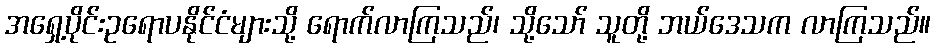
အရှေ့ပိုင်းဥရောပနိုင်ငံများသို့ ရောက်လာကြသည်၊ သို့သော် သူတို့ ဘယ်ဒေသက လာကြသည်။